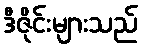
ဒီဇိုင်းများသည်